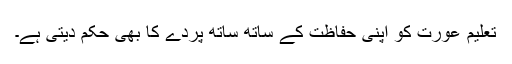
تعلیم عورت کو اپنی حفاظت کے ساتھ ساتھ پردے کا بھی حکم دیتی ہے۔